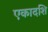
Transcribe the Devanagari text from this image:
एकादशि